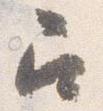
召